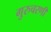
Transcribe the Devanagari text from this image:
गुरुचरणी